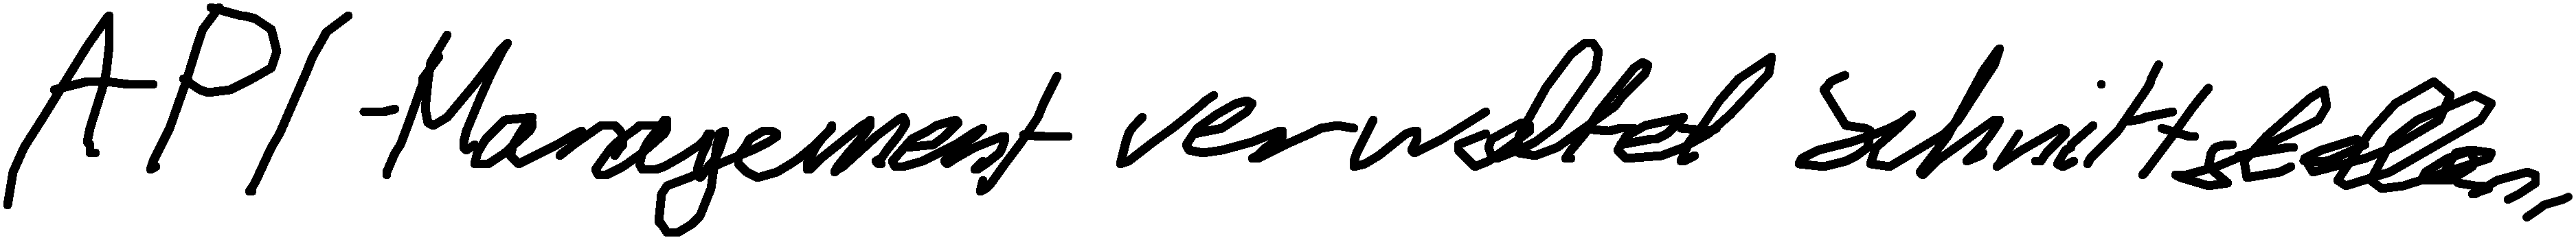
API-Management verwaltet Schnittstellen.